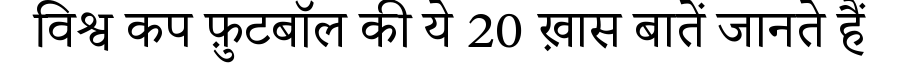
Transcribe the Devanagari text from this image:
विश्व कप फ़ुटबॉल की ये 20 ख़ास बातें जानते हैं